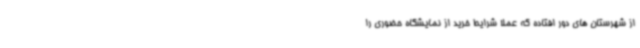
از شهرستان های دور افتاده که عملا شرایط خرید از نمایشگاه حضوری را